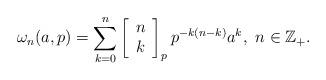
LaTeX: \begin{align*}\omega_{n}(a,p)=\sum_{k=0}^{n}\left[\begin{array}{c}n\\k\end{array}\right]_{p}p^{-k(n-k)}a^{k},\ n\in\mathbb{Z}_{+}.\end{align*}